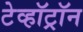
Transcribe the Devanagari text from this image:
टेव्हॉट्रॉन